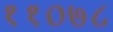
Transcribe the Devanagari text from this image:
११०७८